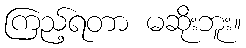
ကြည့်ရတာ မဆိုးဘူး။